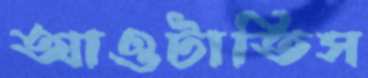
আওটাতিস